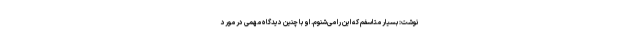
نوشت: بسیار متاسفم که این را می‌شنوم. او با چنین دیدگاه مهمی در مورد